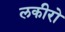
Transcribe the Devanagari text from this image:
लकीरो